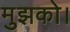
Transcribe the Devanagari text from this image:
मुझको।